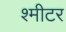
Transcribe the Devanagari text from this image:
श्मीटर